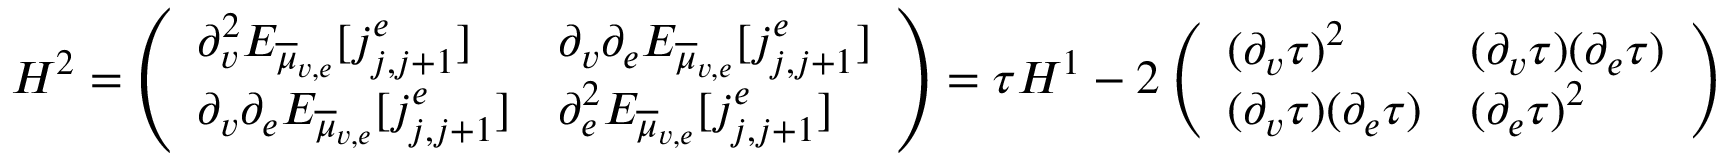
H ^ { 2 } = \left( \begin{array} { l l } { \partial _ { v } ^ { 2 } E _ { \overline { { \mu } } _ { v , e } } [ j _ { j , j + 1 } ^ { e } ] } & { \partial _ { v } \partial _ { e } E _ { \overline { { \mu } } _ { v , e } } [ j _ { j , j + 1 } ^ { e } ] } \\ { \partial _ { v } \partial _ { e } E _ { \overline { { \mu } } _ { v , e } } [ j _ { j , j + 1 } ^ { e } ] } & { \partial _ { e } ^ { 2 } E _ { \overline { { \mu } } _ { v , e } } [ j _ { j , j + 1 } ^ { e } ] } \end{array} \right) = \tau H ^ { 1 } - 2 \left( \begin{array} { l l } { ( \partial _ { v } \tau ) ^ { 2 } } & { ( \partial _ { v } \tau ) ( \partial _ { e } \tau ) } \\ { ( \partial _ { v } \tau ) ( \partial _ { e } \tau ) } & { ( \partial _ { e } \tau ) ^ { 2 } } \end{array} \right)